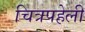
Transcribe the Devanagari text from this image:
चित्रपहेली